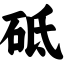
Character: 砥